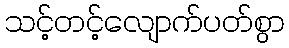
သင့်တင့်လျောက်ပတ်စွာ